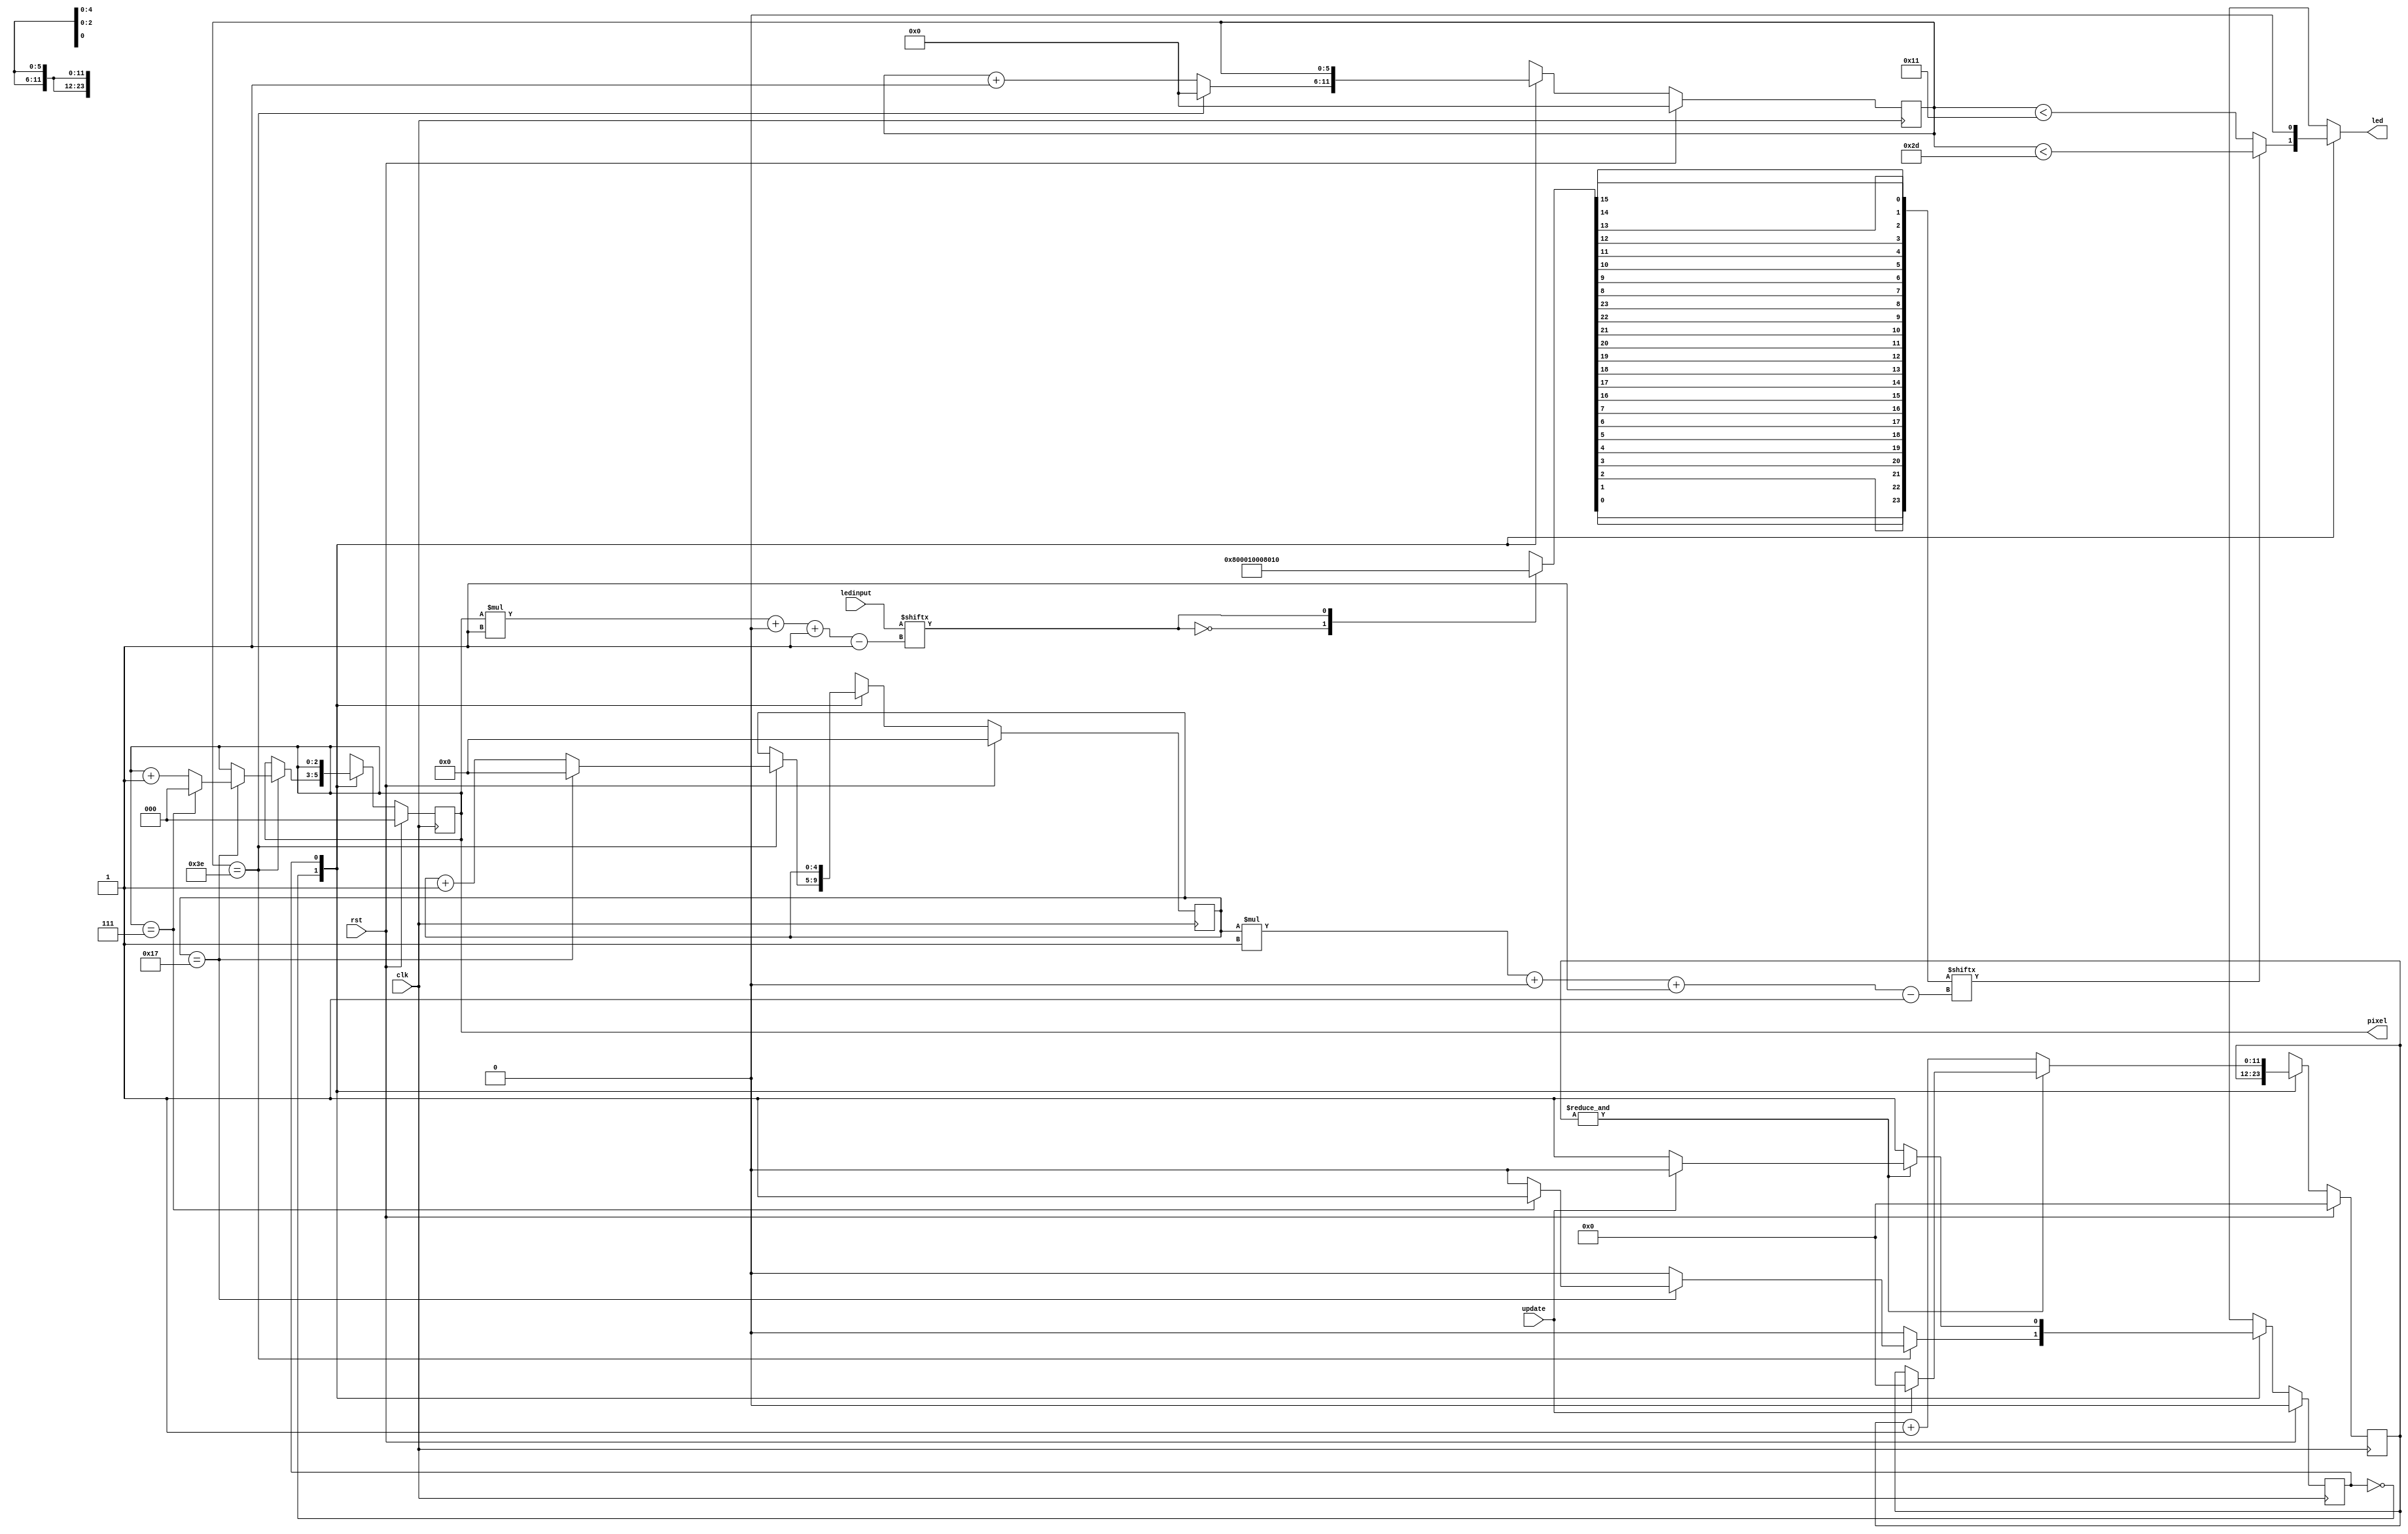
/*
   This file was generated automatically by the Mojo IDE version B1.3.6.
   Do not edit this file directly. Instead edit the original Lucid source.
   This is a temporary file and any changes made to it will be destroyed.
*/

/*
   Parameters:
     PIXEL_COUNT = 8
*/
module ledchange_13 (
    input clk,
    input rst,
    output reg [2:0] pixel,
    output reg led,
    input [7:0] ledinput,
    input update
  );
  
  localparam PIXEL_COUNT = 4'h8;
  
  
  localparam SEND_PIXEL_state = 1'd0;
  localparam RESET_state = 1'd1;
  
  reg M_state_d, M_state_q = SEND_PIXEL_state;
  reg [2:0] M_pixel_ctr_d, M_pixel_ctr_q = 1'h0;
  reg [4:0] M_bit_ctr_d, M_bit_ctr_q = 1'h0;
  reg [5:0] M_ctr_d, M_ctr_q = 1'h0;
  reg [11:0] M_rst_ctr_d, M_rst_ctr_q = 1'h0;
  
  reg [23:0] bits;
  
  reg [0:0] num;
  
  reg [23:0] color;
  
  always @* begin
    M_state_d = M_state_q;
    M_pixel_ctr_d = M_pixel_ctr_q;
    M_rst_ctr_d = M_rst_ctr_q;
    M_bit_ctr_d = M_bit_ctr_q;
    M_ctr_d = M_ctr_q;
    
    led = 1'h0;
    num = ledinput[(M_pixel_ctr_q)*1+0-:1];
    
    case (num)
      1'h0: begin
        color = 24'h800010;
      end
      1'h1: begin
        color = 24'h008010;
      end
      default: begin
        color = 24'h000010;
      end
    endcase
    bits = {color[0+0-:1], color[1+0-:1], color[2+0-:1], color[3+0-:1], color[4+0-:1], color[5+0-:1], color[6+0-:1], color[7+0-:1], color[16+0-:1], color[17+0-:1], color[18+0-:1], color[19+0-:1], color[20+0-:1], color[21+0-:1], color[22+0-:1], color[23+0-:1], color[8+0-:1], color[9+0-:1], color[10+0-:1], color[11+0-:1], color[12+0-:1], color[13+0-:1], color[14+0-:1], color[15+0-:1]};
    pixel = M_pixel_ctr_q;
    
    case (M_state_q)
      SEND_PIXEL_state: begin
        if (bits[(M_bit_ctr_q)*1+0-:1]) begin
          led = M_ctr_q < 6'h2d;
        end else begin
          led = M_ctr_q < 5'h11;
        end
        M_ctr_d = M_ctr_q + 1'h1;
        if (M_ctr_q == 6'h3e) begin
          M_ctr_d = 1'h0;
          M_bit_ctr_d = M_bit_ctr_q + 1'h1;
          if (M_bit_ctr_q == 5'h17) begin
            M_bit_ctr_d = 1'h0;
            M_pixel_ctr_d = M_pixel_ctr_q + 1'h1;
            if (M_pixel_ctr_q == 5'h07) begin
              M_pixel_ctr_d = 1'h0;
              M_state_d = RESET_state;
            end
          end
        end
      end
      RESET_state: begin
        if ((&M_rst_ctr_q)) begin
          if (update) begin
            M_rst_ctr_d = 1'h0;
            M_state_d = SEND_PIXEL_state;
          end
        end else begin
          M_rst_ctr_d = M_rst_ctr_q + 1'h1;
        end
      end
    endcase
  end
  
  always @(posedge clk) begin
    if (rst == 1'b1) begin
      M_pixel_ctr_q <= 1'h0;
      M_bit_ctr_q <= 1'h0;
      M_ctr_q <= 1'h0;
      M_rst_ctr_q <= 1'h0;
      M_state_q <= 1'h0;
    end else begin
      M_pixel_ctr_q <= M_pixel_ctr_d;
      M_bit_ctr_q <= M_bit_ctr_d;
      M_ctr_q <= M_ctr_d;
      M_rst_ctr_q <= M_rst_ctr_d;
      M_state_q <= M_state_d;
    end
  end
  
endmodule